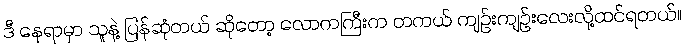
ဒီ နေရာမှာ သူနဲ့ ပြန်ဆုံတယ် ဆိုတော့ လောကကြီးက တကယ် ကျဉ်းကျဉ်းလေးလို့ထင်ရတယ်။